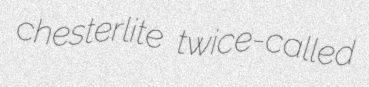
chesterlite twice-called